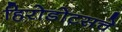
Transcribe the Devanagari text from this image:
हिरोडोटसचे